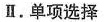
Ⅱ.单项选择